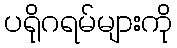
ပရိုဂရမ်များကို